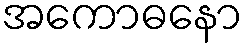
အကောဓနော